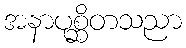
အနာပုစ္ဆိတသညာ